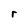
Character: r